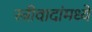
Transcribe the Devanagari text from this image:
स्त्रीवादांमध्ये